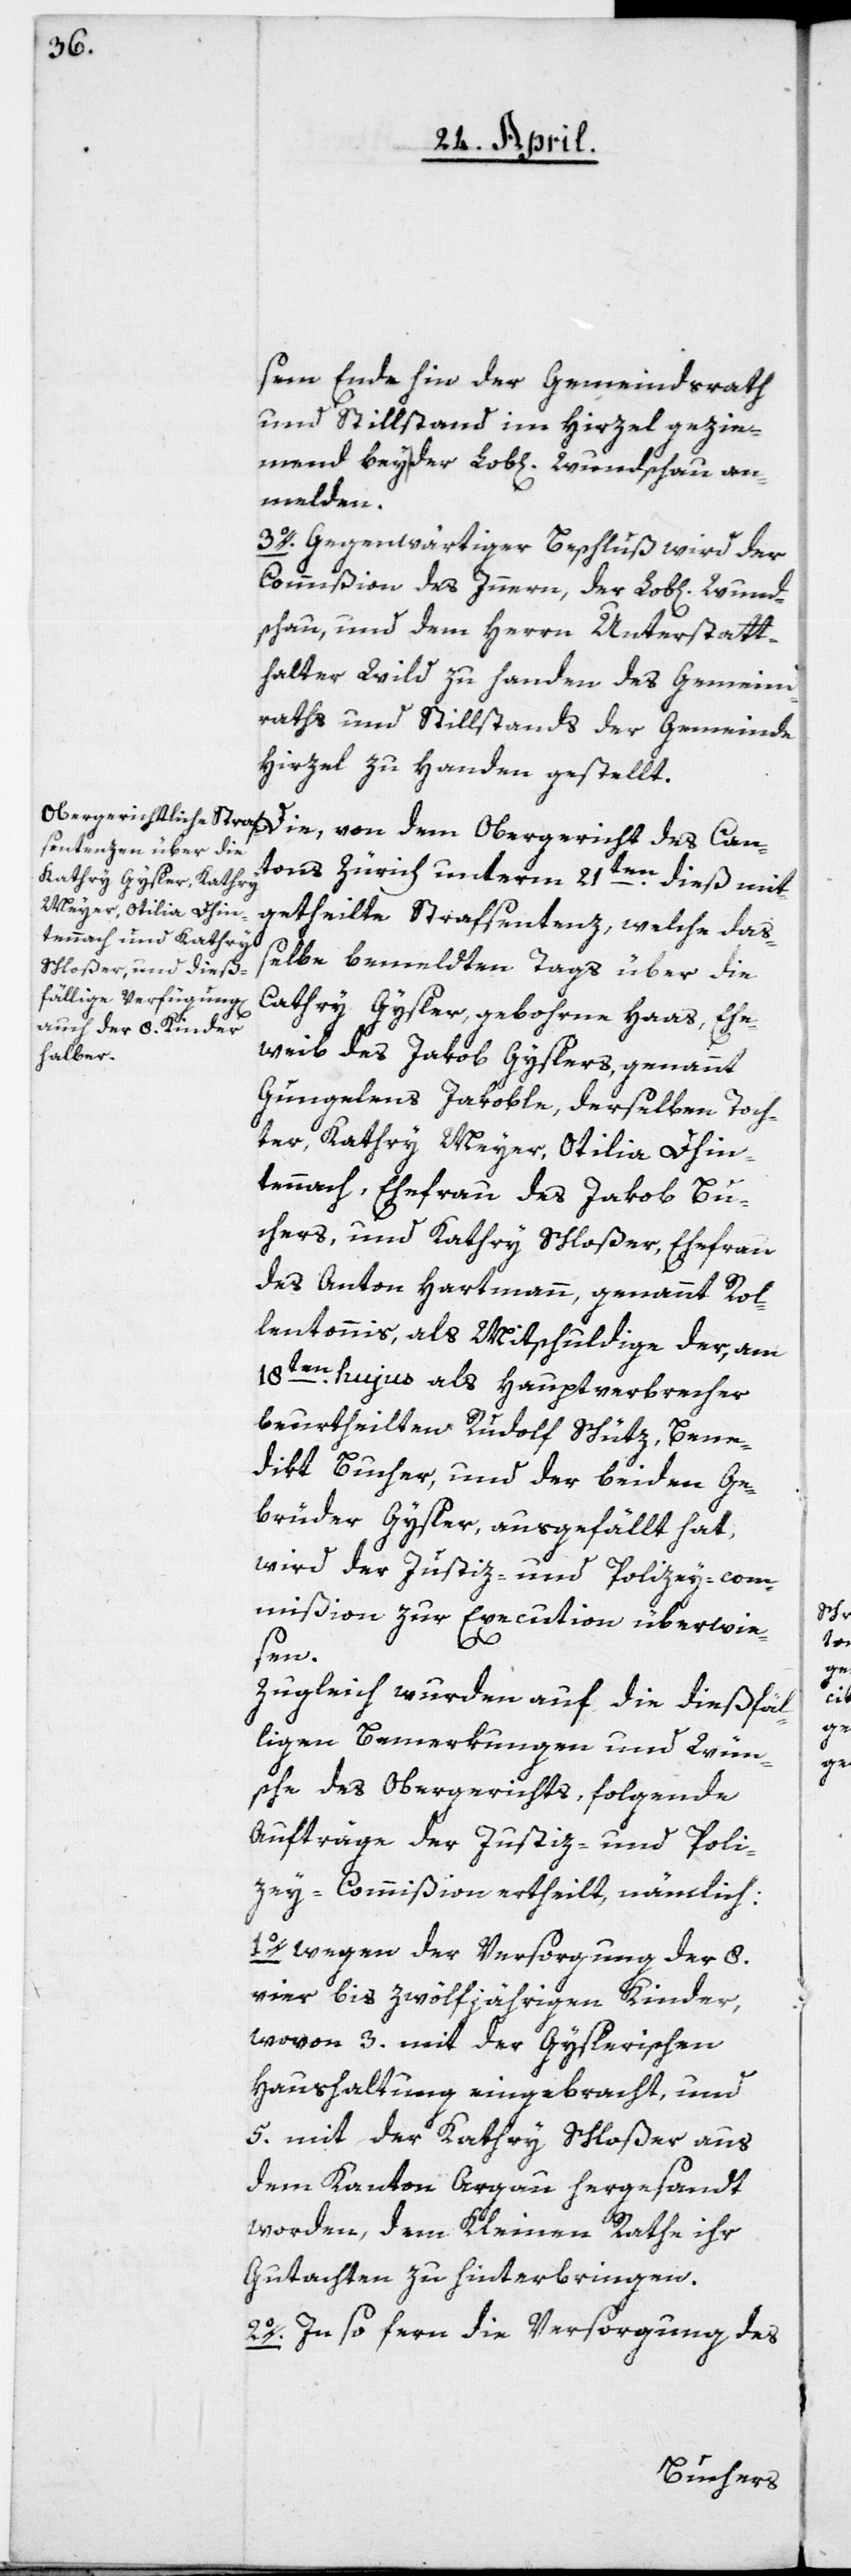
sem Ende hin der Gemeindsrath
und Stillstand im Hirzel gezie¬
mend beyder Lob[lichen] Wundschau an¬
melden.
3o. Gegenwärtiger Beschluß wird der
Commißion des Innern, der Lob[lichen] Wund¬
schau, und dem Herrn Unterstatt¬
halter Wild zu Handen des Gemeind¬
raths und Stillstands der Gemeinde
Hirzel zu Handen gestellt.
tons Zürich unterm 21ten dieß mit¬
getheilte Strafsentenz, welche daß¬
elbe bemeldten Tags über die
[sic!] Gysler, gebohrne Haas, Ehe¬
bweib des Jakob Gyslers, genannt
Gungelens Jakoble; derselben Toch¬
ter Kathry Meyer, Otilia Dhin¬
tennach, Ehefrau des Jakob Bu¬
chers; und Kathry Schloßer, Ehefrau
des Anton Hartmann, genannt Rol¬
lentonnis; als Mitschuldige der, am
18ten hujus als Hauptverbrecher
beurtheilten Rudolf Schütz, Bene¬
dikt Bucher und der beiden Ge¬
brüder Gysler, ausgefällt hat,
wird der Justiz- und Polizey-com¬
mißion zur Execution überwie¬
des
sen.
Zugleich wurden auf die dießfäl¬
ligen Bemerkungen und Wün¬
sche des Obergerichts, folgende
Aufträge der Justiz- und Poli¬
zey-Commißion ertheilt, nämlich:
1o. Wegen der Versorgung der 8.
vier[-] bis zwölfjährigen Kinder,
wovon 3. mit der Gyslerischen
Haushaltung eingebracht, und
5. mit der Kathry Schloßer aus
dem Kanton Argau hergesandt
worden, dem Kleinen Rathe ihr
Gutachten zu hinterbringen.
2o. In so fern die Versorgung des